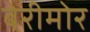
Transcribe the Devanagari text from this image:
बेरीमोर